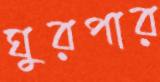
ঘুরপার